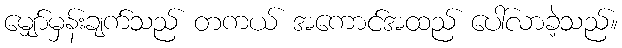
မျှော်မှန်းချက်သည် တကယ် အကောင်အထည် ပေါ်လာခဲ့သည်။